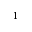
^ 1